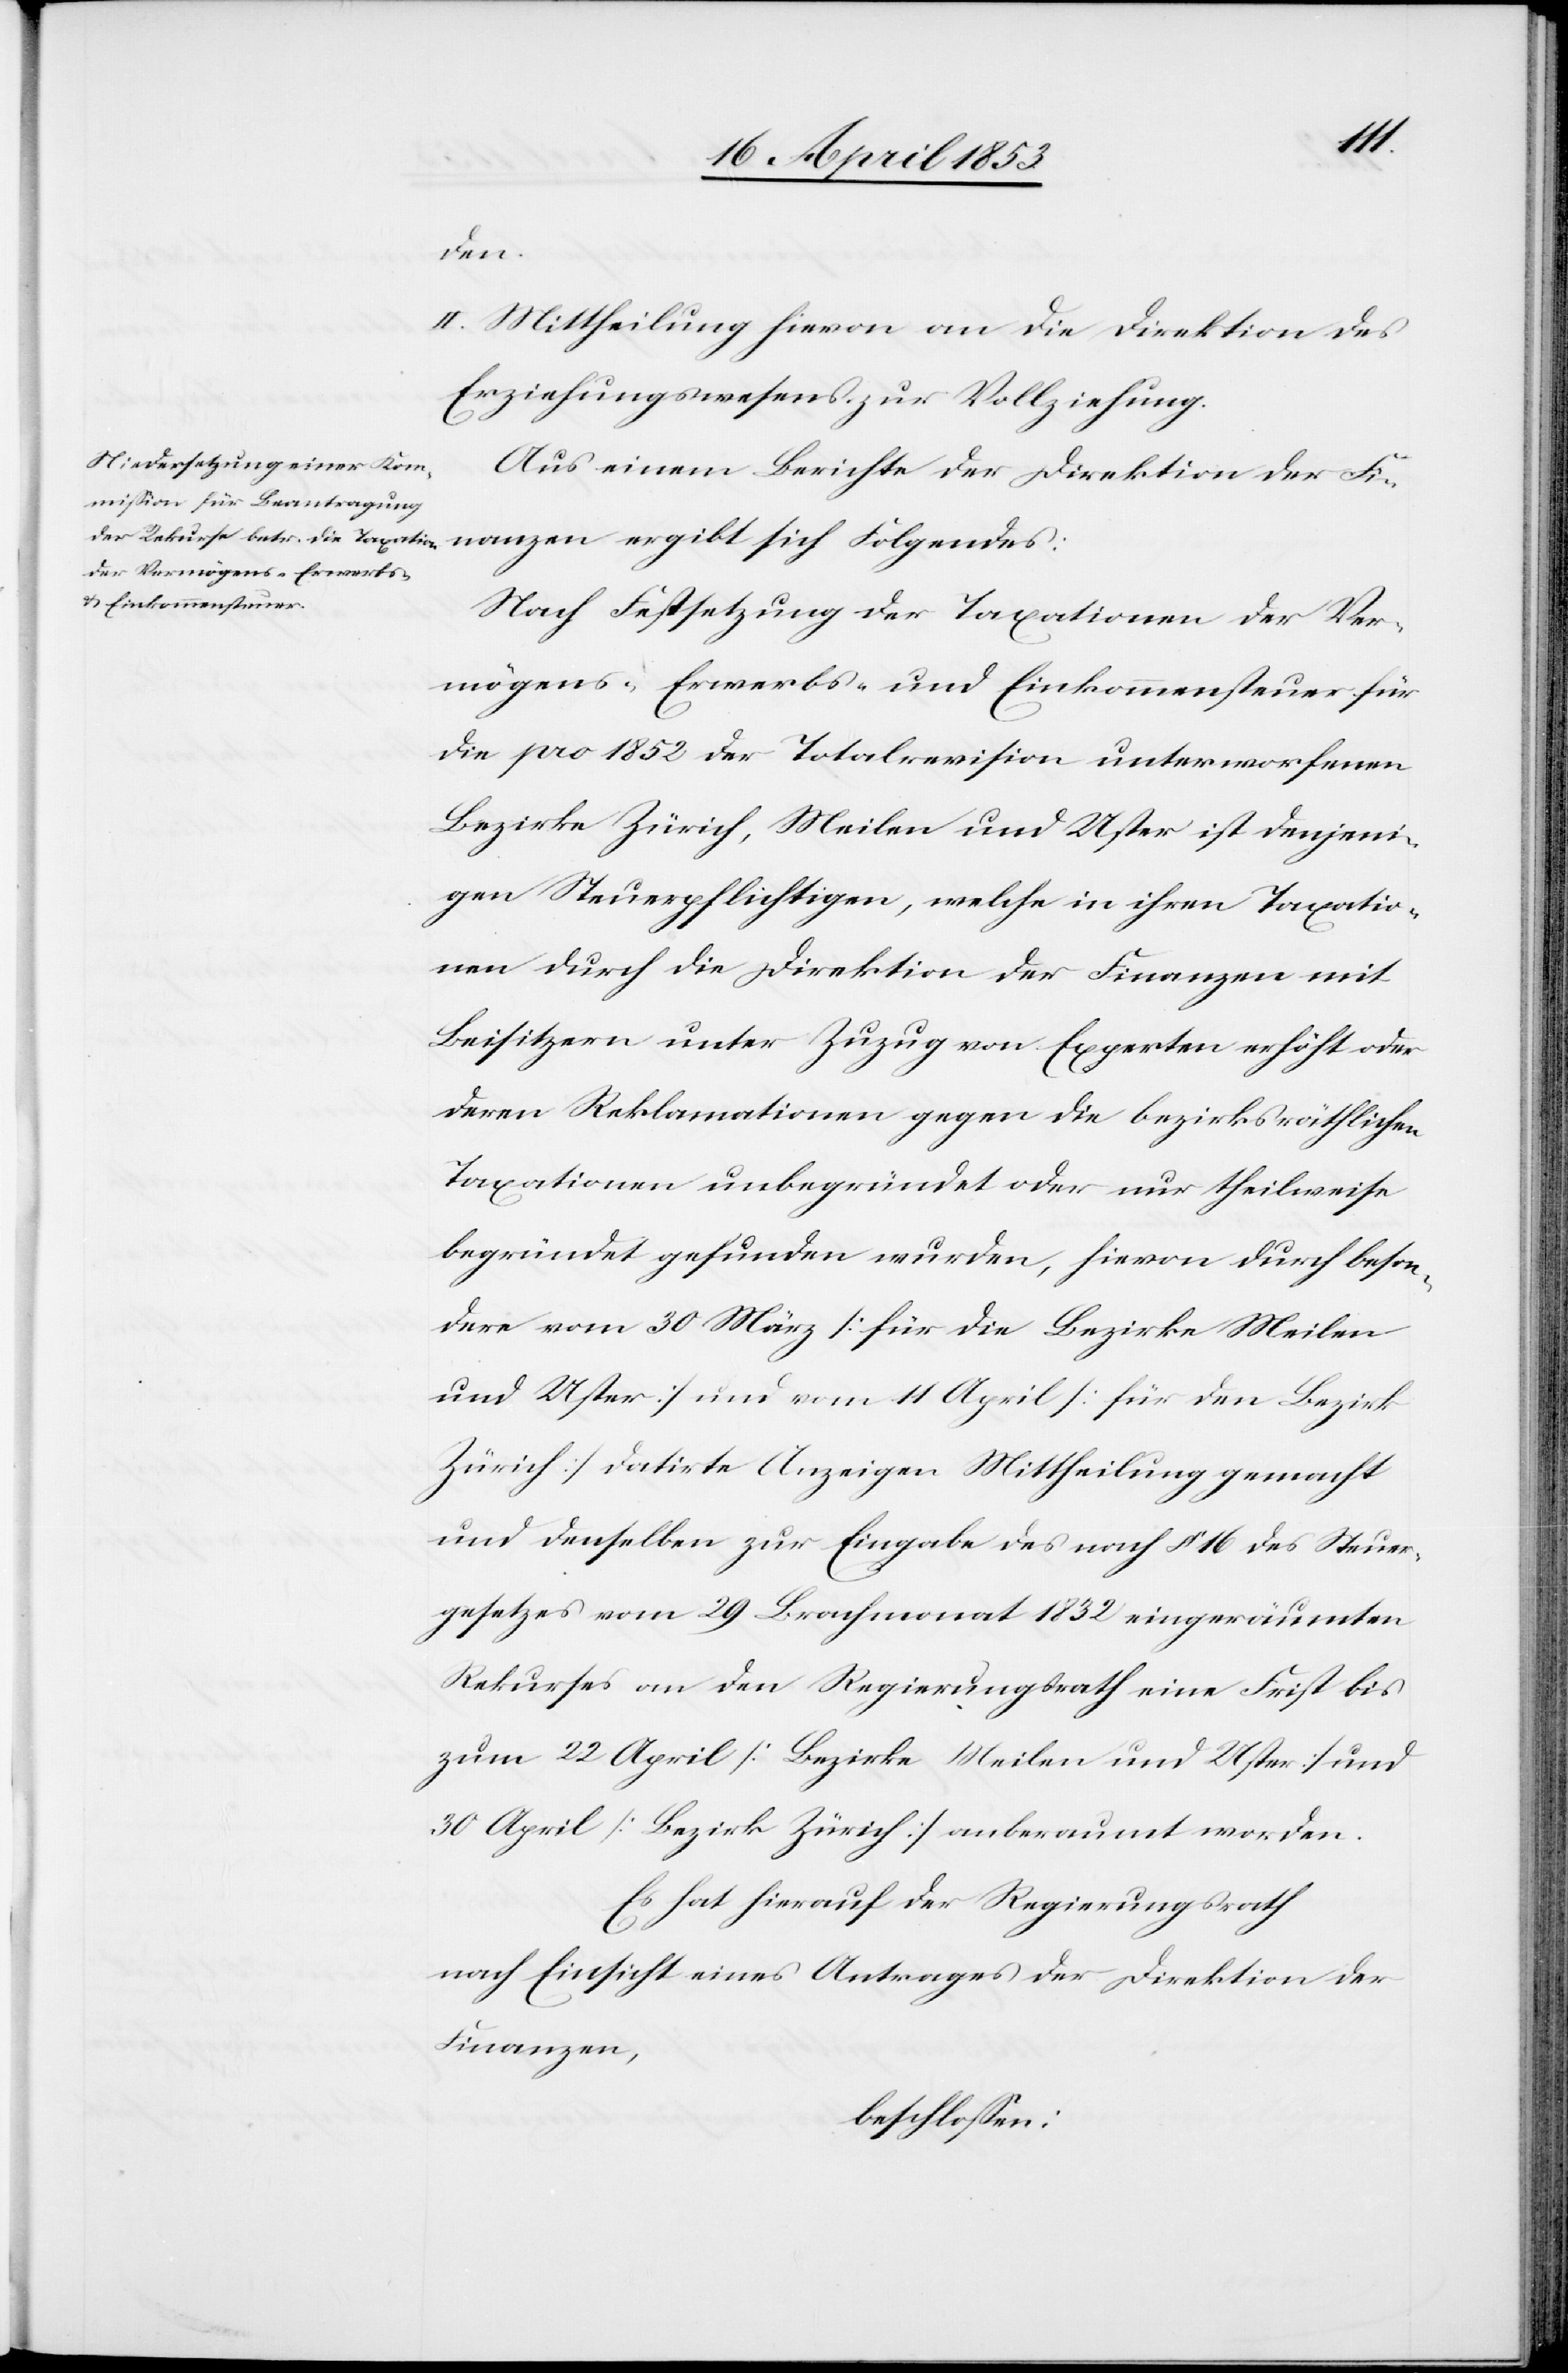
den.
II. Mittheilung hievon an die Direktion des
Erziehungswesens zur Vollziehung.
Aus einem Berichte der Direktion der F¬
Nach Fortsetzung der Taxationen der Ver¬
mögens- Erwerbs- und Einkommenssteuer für
die pro 1852 der Totalrevision unterworfenen
Bezirke Zürich, Meilen und Uster ist denjeni¬
gen Steuerpflichtigen, welche in ihren Taxatio¬
nen durch die Direktion der Finanzen mit
Beisitzern unter Zuzug von Experten erhöht oder
deren Reklamationen gegen die bezirksräthlichen
Taxationen unbegründet oder nur theilweise
begründet gefunden wurden, hievon durch beson¬
dere vom 30 März [für die Bezirke Meilen
und Uster] und vom 11 April [für den Bezirk
Zürich] datirte Anzeigen Mittheilung gemacht
und denselben zur Eingabe des nach § 16 des Steuer¬
gesetzes vom 29 Brachmonat 1832 eingeräumten
Rekurses an den Regierungsrath eine Frist bis
zum 22 April [Bezirke Meilen und Uster] und
30 April [Bezirk Zürich] anberaumt worden.
Es hat hierauf der Regierungsrath
nach Einsicht eines Antrages der Direktion der
Finanzen,
beschloßen